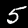
Digit: 5